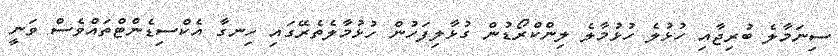
ސިނަމާލެ ބުރިޖާއި ހުޅުލެ ހުޅުމާލެ ލިންކްރޯޑުން ގުޅާލިފަހުން ހުޅުމާލެތެރޭގައި ހިނގާ އެކްސިޑެންޓްތައްވެސް ވަނީ